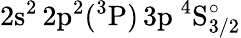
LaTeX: \mathrm{2s^{2}\, 2p^{2}(^{3}P)\, 3p~^{4}S_{3/2}^{\circ}}